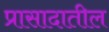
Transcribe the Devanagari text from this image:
प्रासादातील